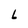
Character: L